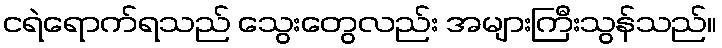
ငရဲရောက်ရသည် သွေးတွေလည်း အများကြီးသွန်သည်။